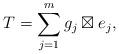
LaTeX: \begin{align*}T=\sum\limits_{j=1}^{m} g_{j}\boxtimes e_{j},\end{align*}